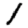
Digit: 1